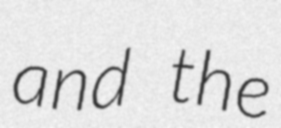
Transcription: and the